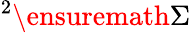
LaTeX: {}^{2}\ensuremath{\Sigma}